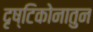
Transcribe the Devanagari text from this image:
दृष्टिकोनातुन